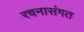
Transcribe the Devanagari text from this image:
रचनासंगत